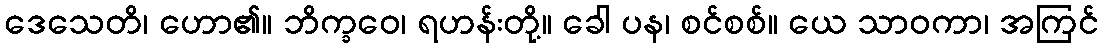
ဒေသေတိ၊ ဟော၏။ ဘိက္ခဝေ၊ ရဟန်းတို့။ ခေါ ပန၊ စင်စစ်။ ယေ သာဝကာ၊ အကြင်